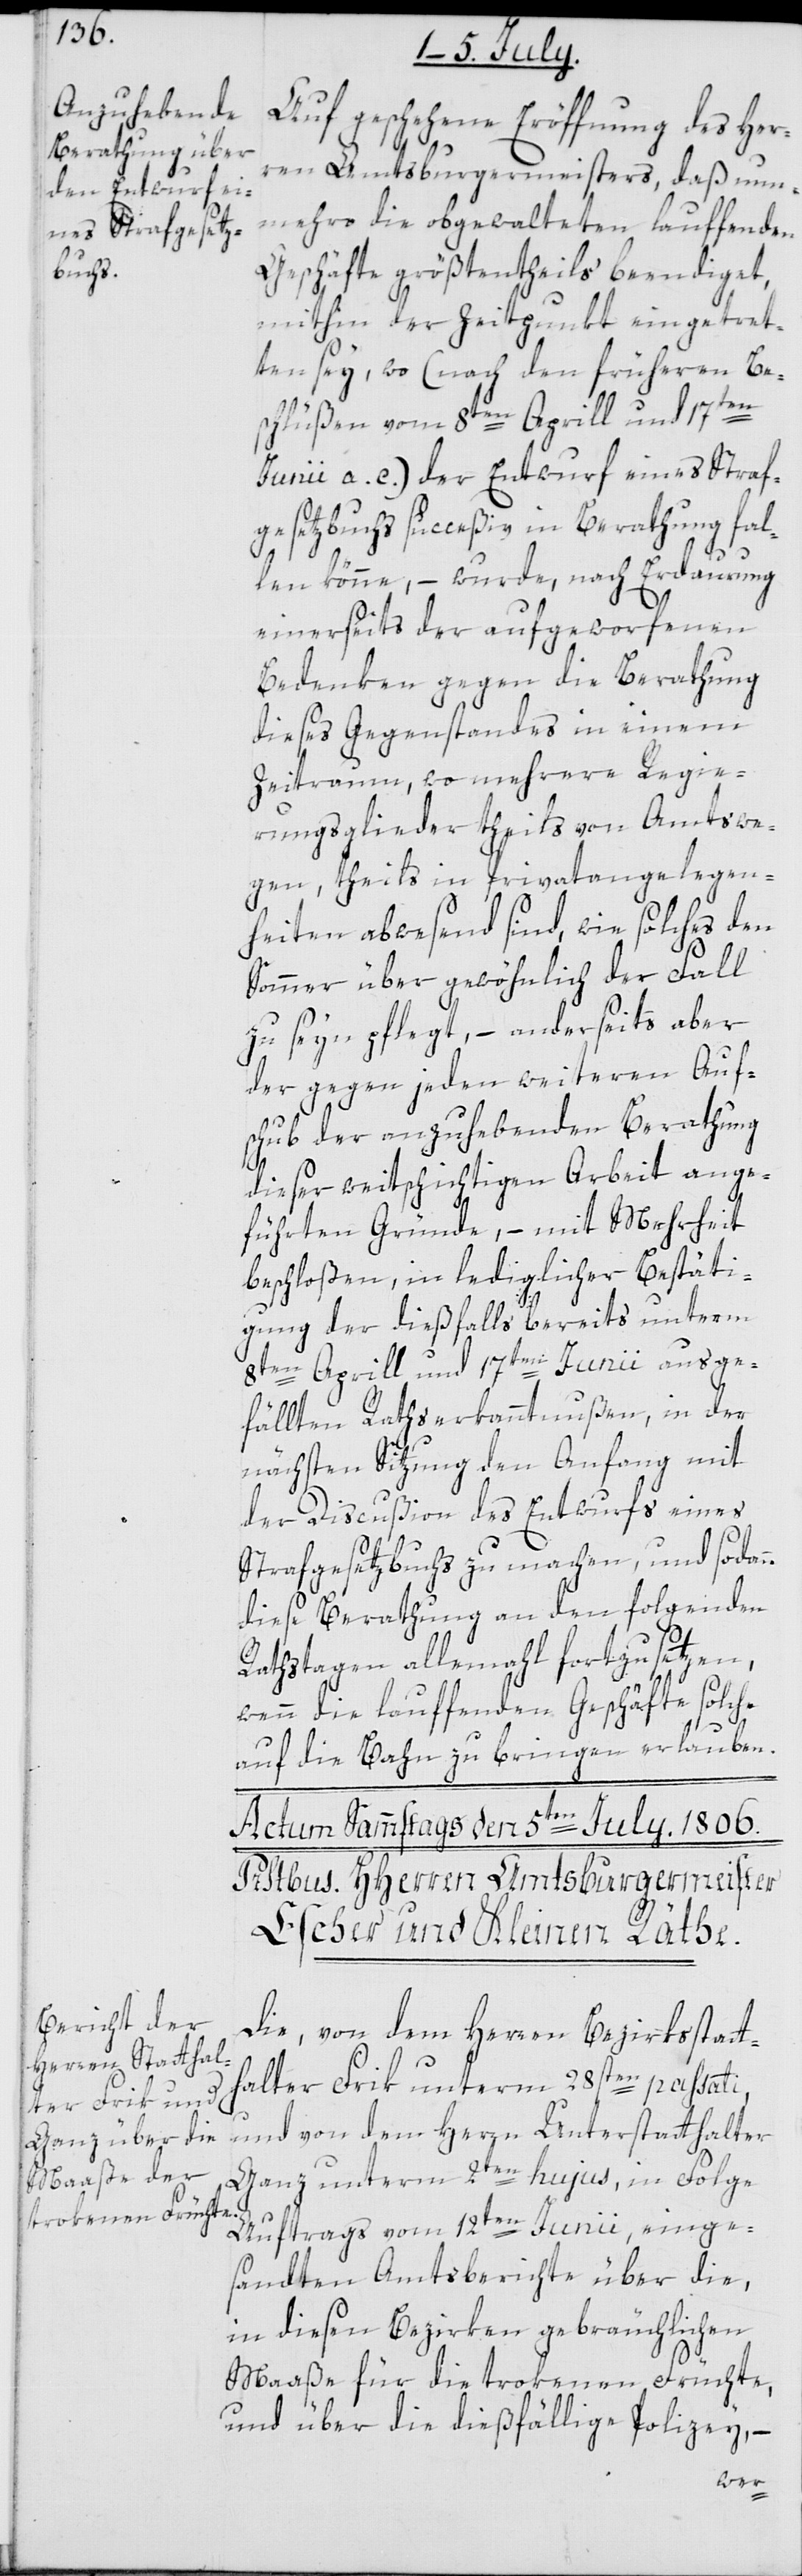
Auf geschehene Eröffnung des Her¬
ren Amtsburgermeisters, daß nun¬
mehro die obgewalteten lauffenden
Geschäfte größtentheils beendiget,
mithin der Zeitpunkt eingetret¬
ten sey, wo (nach den früheren Be¬
schlüßen vom 8ten Aprill und 17ten
Junii a. c.) der Entwurf eines Straf¬
gesetzbuchs succeßiv in Berathung fal¬
len könne, – wurde, nach Erdaurung
einerseits der aufgeworfenen
Bedenken gegen die Berathung
dieses Gegenstandes in einem
Zeitraum, wo mehrere Regie¬
rungsglieder theils von Amtswe¬
gen, theils in Privatangelegen¬
heiten abwesend sind, ein solches den
Sommer über gewöhnlich der Fall
zu seyn pflegt, – anderseits aber
der gegen jeden weiteren Auf¬
schub der anzuhebenden Berathung
dieser weitschichtigen Arbeit ange¬
führten Gründe, – mit Mehrheit
beschloßen, in lediglicher Bestäti¬
gung der dießfalls bereits unterm
8ten Aprill und 17ten Junii ausge¬
fällten Rathserkanntnußen, in der
nächsten Sitzung den Anfang mit
der Discußion des Entwurfs eines
Strafgesetzbuchs zu machen, und sodann
diese Berathung an den folgenden
Rathstagen allemahl fortzusetzen,
wenn die lauffenden Geschäfte solche
auf die Bahn zu bringen erlauben.
Die, von dem Herren Bezirksstatt¬
halter Frik unterm 28sten passati
und von dem Herrn Unterstatthalter
Ganz unterm 2ten hujus, in Folge
Auftrags vom 12ten Junii, einge¬
sandten Amtsberichte über die,
in diesen Bezirken gebräuchlichen
Maaße für die trokenen Früchte,
und über die dießfällige Polizey, –